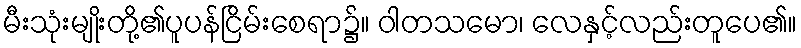
မီးသုံးမျိုးတို့၏ပူပန်ငြိမ်းစေရာ၌။ ဝါတသမော၊ လေနှင့်လည်းတူပေ၏။